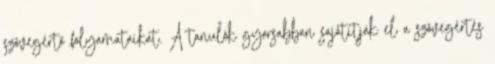
szövegértő folyamataikat. A tanulók gyorsabban sajátítják el a szövegértés